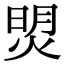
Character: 焽